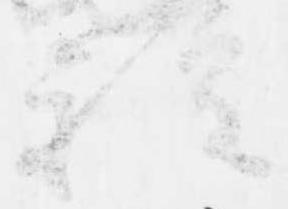
種